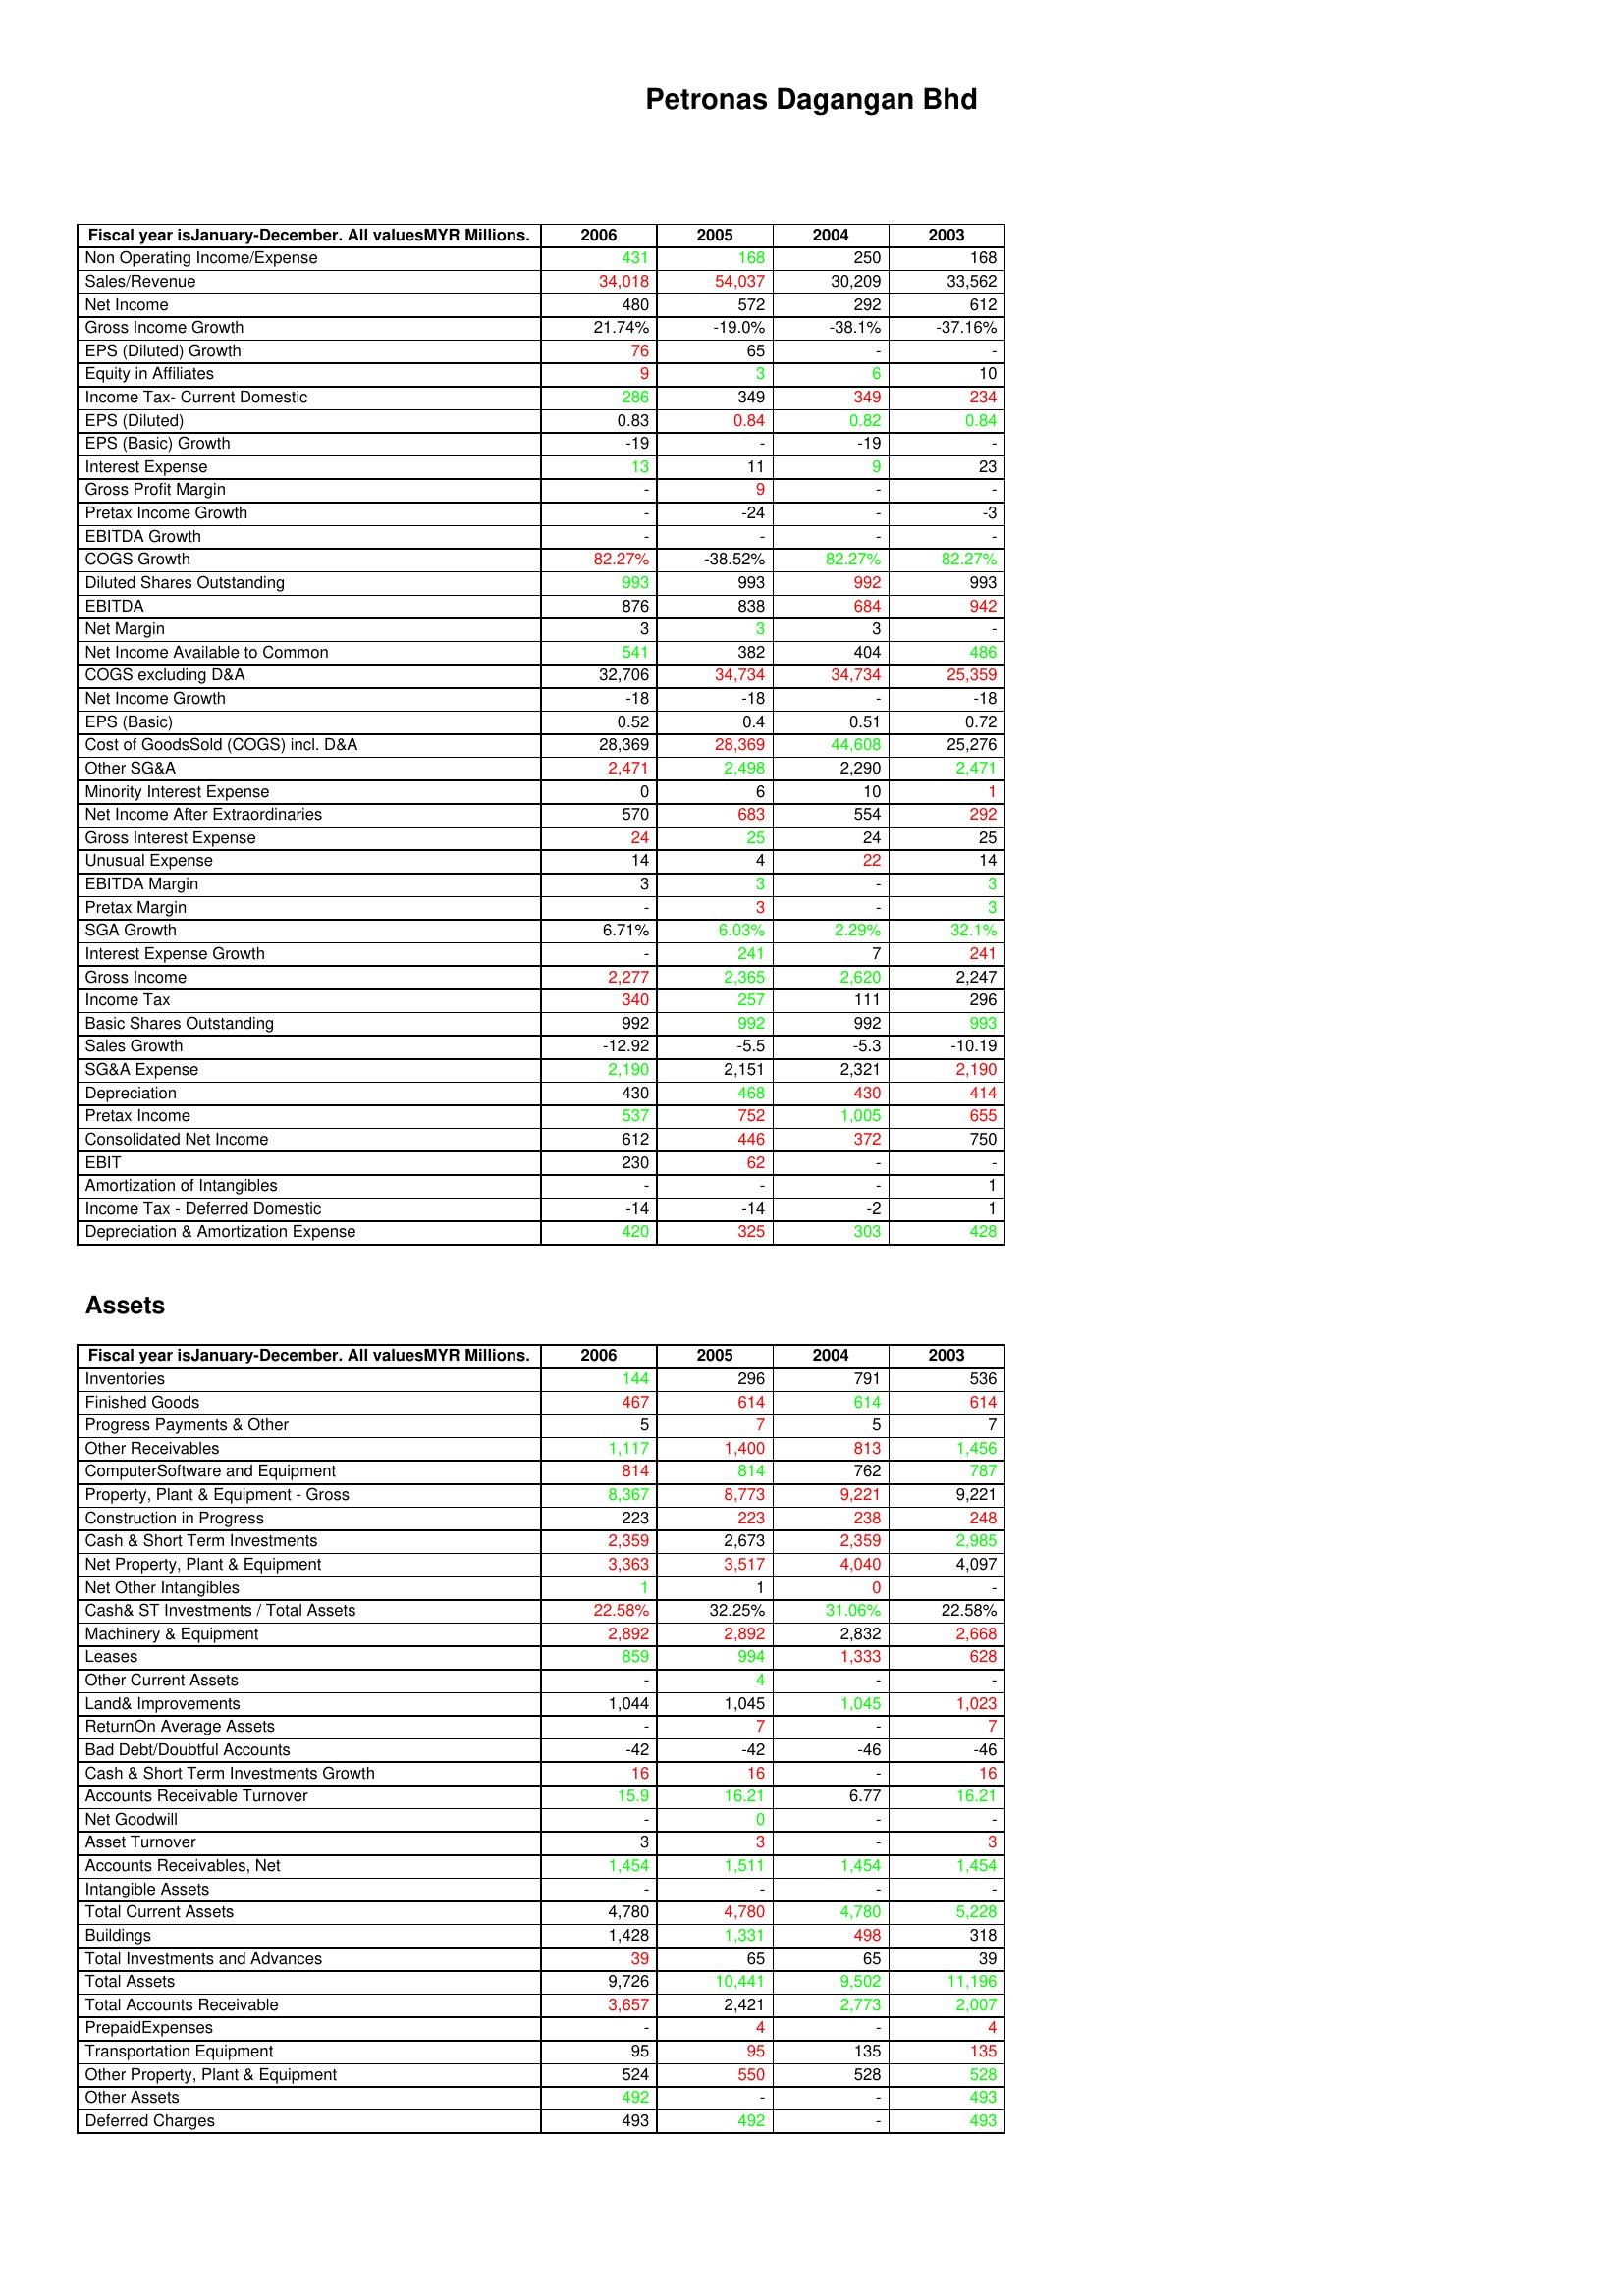
gt_parse: 2006: : Non Operating Income/Expense: 431
Sales/Revenue: 34,018
Net Income: 480
Gross Income Growth: 21.74%
EPS (Diluted) Growth: 76
Equity in Affiliates: 9
Income Tax- Current Domestic: 286
EPS (Diluted): 0.83
EPS (Basic) Growth: -19
Interest Expense: 13
Gross Profit Margin: -
Pretax Income Growth: -
EBITDA Growth: -
COGS Growth: 82.27%
Diluted Shares Outstanding: 993
EBITDA: 876
Net Margin: 3
Net Income Available to Common: 541
COGS excluding D&A: 32,706
Net Income Growth: -18
EPS (Basic): 0.52
Cost of GoodsSold (COGS) incl. D&A: 28,369
Other SG&A: 2,471
Minority Interest Expense: 0
Net Income After Extraordinaries: 570
Gross Interest Expense: 24
Unusual Expense: 14
EBITDA Margin: 3
Pretax Margin: -
SGA Growth: 6.71%
Interest Expense Growth: -
Gross Income: 2,277
Income Tax: 340
Basic Shares Outstanding: 992
Sales Growth: -12.92
SG&A Expense: 2,190
Depreciation: 430
Pretax Income: 537
Consolidated Net Income: 612
EBIT: 230
Amortization of Intangibles: -
Income Tax - Deferred Domestic: -14
Depreciation & Amortization Expense: 420
Assets: Inventories: 144
Finished Goods: 467
Progress Payments & Other: 5
Other Receivables: 1,117
ComputerSoftware and Equipment: 814
Property, Plant & Equipment - Gross : 8,367
Construction in Progress: 223
Cash & Short Term Investments: 2,359
Net Property, Plant & Equipment: 3,363
Net Other Intangibles: 1
Cash& ST Investments / Total Assets: 22.58%
Machinery & Equipment: 2,892
Leases: 859
Other Current Assets: -
Land& Improvements: 1,044
ReturnOn Average Assets: -
Bad Debt/Doubtful Accounts: -42
Cash & Short Term Investments Growth: 16
Accounts Receivable Turnover: 15.9
Net Goodwill: -
Asset Turnover: 3
Accounts Receivables, Net: 1,454
Intangible Assets: -
Total Current Assets: 4,780
Buildings: 1,428
Total Investments and Advances: 39
Total Assets: 9,726
Total Accounts Receivable: 3,657
PrepaidExpenses: -
Transportation Equipment: 95
Other Property, Plant & Equipment: 524
Other Assets: 492
Deferred Charges: 493
2005: : Non Operating Income/Expense: 168
Sales/Revenue: 54,037
Net Income: 572
Gross Income Growth: -19.0%
EPS (Diluted) Growth: 65
Equity in Affiliates: 3
Income Tax- Current Domestic: 349
EPS (Diluted): 0.84
EPS (Basic) Growth: -
Interest Expense: 11
Gross Profit Margin: 9
Pretax Income Growth: -24
EBITDA Growth: -
COGS Growth: -38.52%
Diluted Shares Outstanding: 993
EBITDA: 838
Net Margin: 3
Net Income Available to Common: 382
COGS excluding D&A: 34,734
Net Income Growth: -18
EPS (Basic): 0.4
Cost of GoodsSold (COGS) incl. D&A: 28,369
Other SG&A: 2,498
Minority Interest Expense: 6
Net Income After Extraordinaries: 683
Gross Interest Expense: 25
Unusual Expense: 4
EBITDA Margin: 3
Pretax Margin: 3
SGA Growth: 6.03%
Interest Expense Growth: 241
Gross Income: 2,365
Income Tax: 257
Basic Shares Outstanding: 992
Sales Growth: -5.5
SG&A Expense: 2,151
Depreciation: 468
Pretax Income: 752
Consolidated Net Income: 446
EBIT: 62
Amortization of Intangibles: -
Income Tax - Deferred Domestic: -14
Depreciation & Amortization Expense: 325
Assets: Inventories: 296
Finished Goods: 614
Progress Payments & Other: 7
Other Receivables: 1,400
ComputerSoftware and Equipment: 814
Property, Plant & Equipment - Gross : 8,773
Construction in Progress: 223
Cash & Short Term Investments: 2,673
Net Property, Plant & Equipment: 3,517
Net Other Intangibles: 1
Cash& ST Investments / Total Assets: 32.25%
Machinery & Equipment: 2,892
Leases: 994
Other Current Assets: 4
Land& Improvements: 1,045
ReturnOn Average Assets: 7
Bad Debt/Doubtful Accounts: -42
Cash & Short Term Investments Growth: 16
Accounts Receivable Turnover: 16.21
Net Goodwill: 0
Asset Turnover: 3
Accounts Receivables, Net: 1,511
Intangible Assets: -
Total Current Assets: 4,780
Buildings: 1,331
Total Investments and Advances: 65
Total Assets: 10,441
Total Accounts Receivable: 2,421
PrepaidExpenses: 4
Transportation Equipment: 95
Other Property, Plant & Equipment: 550
Other Assets: -
Deferred Charges: 492
2004: : Non Operating Income/Expense: 250
Sales/Revenue: 30,209
Net Income: 292
Gross Income Growth: -38.1%
EPS (Diluted) Growth: -
Equity in Affiliates: 6
Income Tax- Current Domestic: 349
EPS (Diluted): 0.82
EPS (Basic) Growth: -19
Interest Expense: 9
Gross Profit Margin: -
Pretax Income Growth: -
EBITDA Growth: -
COGS Growth: 82.27%
Diluted Shares Outstanding: 992
EBITDA: 684
Net Margin: 3
Net Income Available to Common: 404
COGS excluding D&A: 34,734
Net Income Growth: -
EPS (Basic): 0.51
Cost of GoodsSold (COGS) incl. D&A: 44,608
Other SG&A: 2,290
Minority Interest Expense: 10
Net Income After Extraordinaries: 554
Gross Interest Expense: 24
Unusual Expense: 22
EBITDA Margin: -
Pretax Margin: -
SGA Growth: 2.29%
Interest Expense Growth: 7
Gross Income: 2,620
Income Tax: 111
Basic Shares Outstanding: 992
Sales Growth: -5.3
SG&A Expense: 2,321
Depreciation: 430
Pretax Income: 1,005
Consolidated Net Income: 372
EBIT: -
Amortization of Intangibles: -
Income Tax - Deferred Domestic: -2
Depreciation & Amortization Expense: 303
Assets: Inventories: 791
Finished Goods: 614
Progress Payments & Other: 5
Other Receivables: 813
ComputerSoftware and Equipment: 762
Property, Plant & Equipment - Gross : 9,221
Construction in Progress: 238
Cash & Short Term Investments: 2,359
Net Property, Plant & Equipment: 4,040
Net Other Intangibles: 0
Cash& ST Investments / Total Assets: 31.06%
Machinery & Equipment: 2,832
Leases: 1,333
Other Current Assets: -
Land& Improvements: 1,045
ReturnOn Average Assets: -
Bad Debt/Doubtful Accounts: -46
Cash & Short Term Investments Growth: -
Accounts Receivable Turnover: 6.77
Net Goodwill: -
Asset Turnover: -
Accounts Receivables, Net: 1,454
Intangible Assets: -
Total Current Assets: 4,780
Buildings: 498
Total Investments and Advances: 65
Total Assets: 9,502
Total Accounts Receivable: 2,773
PrepaidExpenses: -
Transportation Equipment: 135
Other Property, Plant & Equipment: 528
Other Assets: -
Deferred Charges: -
2003: : Non Operating Income/Expense: 168
Sales/Revenue: 33,562
Net Income: 612
Gross Income Growth: -37.16%
EPS (Diluted) Growth: -
Equity in Affiliates: 10
Income Tax- Current Domestic: 234
EPS (Diluted): 0.84
EPS (Basic) Growth: -
Interest Expense: 23
Gross Profit Margin: -
Pretax Income Growth: -3
EBITDA Growth: -
COGS Growth: 82.27%
Diluted Shares Outstanding: 993
EBITDA: 942
Net Margin: -
Net Income Available to Common: 486
COGS excluding D&A: 25,359
Net Income Growth: -18
EPS (Basic): 0.72
Cost of GoodsSold (COGS) incl. D&A: 25,276
Other SG&A: 2,471
Minority Interest Expense: 1
Net Income After Extraordinaries: 292
Gross Interest Expense: 25
Unusual Expense: 14
EBITDA Margin: 3
Pretax Margin: 3
SGA Growth: 32.1%
Interest Expense Growth: 241
Gross Income: 2,247
Income Tax: 296
Basic Shares Outstanding: 993
Sales Growth: -10.19
SG&A Expense: 2,190
Depreciation: 414
Pretax Income: 655
Consolidated Net Income: 750
EBIT: -
Amortization of Intangibles: 1
Income Tax - Deferred Domestic: 1
Depreciation & Amortization Expense: 428
Assets: Inventories: 536
Finished Goods: 614
Progress Payments & Other: 7
Other Receivables: 1,456
ComputerSoftware and Equipment: 787
Property, Plant & Equipment - Gross : 9,221
Construction in Progress: 248
Cash & Short Term Investments: 2,985
Net Property, Plant & Equipment: 4,097
Net Other Intangibles: -
Cash& ST Investments / Total Assets: 22.58%
Machinery & Equipment: 2,668
Leases: 628
Other Current Assets: -
Land& Improvements: 1,023
ReturnOn Average Assets: 7
Bad Debt/Doubtful Accounts: -46
Cash & Short Term Investments Growth: 16
Accounts Receivable Turnover: 16.21
Net Goodwill: -
Asset Turnover: 3
Accounts Receivables, Net: 1,454
Intangible Assets: -
Total Current Assets: 5,228
Buildings: 318
Total Investments and Advances: 39
Total Assets: 11,196
Total Accounts Receivable: 2,007
PrepaidExpenses: 4
Transportation Equipment: 135
Other Property, Plant & Equipment: 528
Other Assets: 493
Deferred Charges: 493